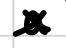
Text: a
Cross-out: cross
Writing tool: digital_black